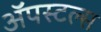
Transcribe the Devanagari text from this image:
ॲपस्टल्स